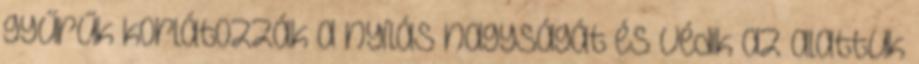
gyűrűk korlátozzák a nyílás nagyságát és védik az alattuk